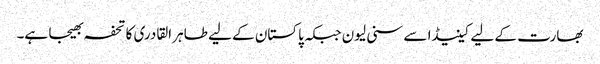
بھارت کے لیے کینیڈا سے سنی لیون جبکہ پاکستان کے لیے طاہر القادری کا تحفہ بھیجا ہے۔